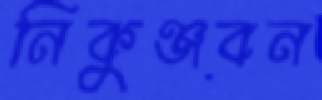
নিকুঞ্জবন